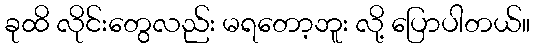
ခုထိ လိုင်းတွေလည်း မရတော့ဘူး လို့ ပြောပါတယ်။